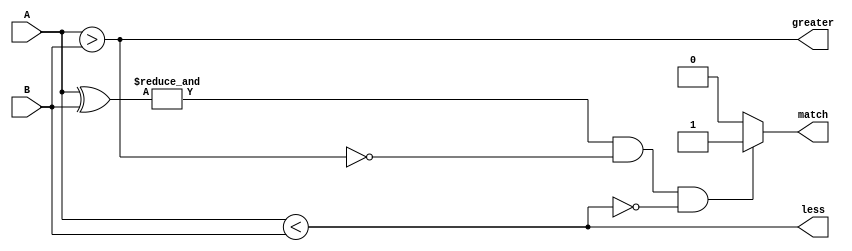
module comparator (
    input [3:0] A,
    input [3:0] B,
    output match,
    output greater,
    output less
);

wire [3:0] equal_bits;
wire all_equal;
wire greater_than;
wire less_than;

assign equal_bits = A ^ B;
assign all_equal = &equal_bits;
assign greater = (A > B);
assign less = (A < B);

assign match = (all_equal & ~greater & ~less) ? 1'b1 : 1'b0;

endmodule